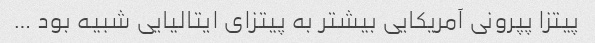
پیتزا پپرونی آمریکایی بیشتر به پیتزای ایتالیایی شبیه بود …